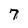
Character: 7